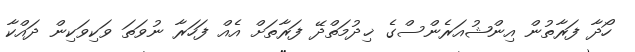
ހޯދާ ފަރާތުން އިންޝުއަރެންސްގެ ޚިދުމަތްދޭ ފަރާތަށް އެއް ފަހަރާ ނުވަތަ ވަކިވަކިން ދައްކާ